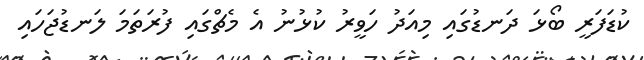
ކުޑަފަރީ ބޯޅަ ދަނޑުގައި މިއަދު ހަވީރު ކުޅުނު އެ މެޗްގައި ފުރަތަމަ ލަނޑުޖަހައި